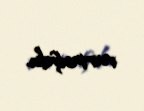
vurmuşdu.